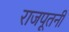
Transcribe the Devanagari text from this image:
राजपूतनी